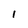
Character: l